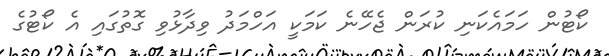
ކޯޓުން ހަމައެކަނި ކުރަން ޖެހޭނެ ކަމަކީ އަހްމަދު ވިދާޅުވި ގޮތުގައި އެ ކޯޓުގެ